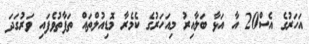
އަހަރުގެ އެސް20 އާ އަޅާ ބަލާއިރު މިއަހަރުގެ ކެމެރާ މޮޑިއުލްތައް ތަފާތުވެފައި ވަރުގަދަ